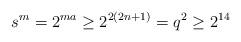
LaTeX: \begin{align*} s^m=2^{ma} \geq 2^{2(2n+1)} = q^2 \geq 2^{14}\end{align*}